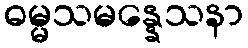
ဓမ္မသမန္နေသနာ